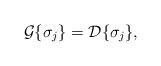
LaTeX: \begin{align*}{\cal G} \{ \sigma _j\}={\cal D} \{ \sigma _j\},\end{align*}